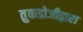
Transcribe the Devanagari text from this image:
तुकडोजीद्वारा